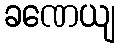
ခဏေယျ